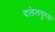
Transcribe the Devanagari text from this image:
दलेलपुरवा